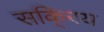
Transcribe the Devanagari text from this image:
सकि्रय